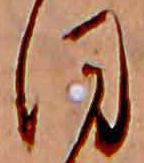
ほ